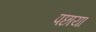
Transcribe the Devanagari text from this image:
पछाया